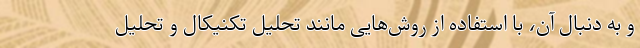
و به دنبال آن، با استفاده از روش‌هایی مانند تحلیل تکنیکال و تحلیل